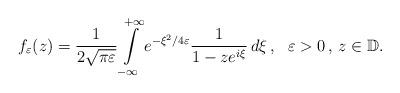
LaTeX: \begin{align*}f_\varepsilon(z)=\frac{1}{2\sqrt{\pi\varepsilon}}\int\limits_{-\infty}^{+\infty}e^{-\xi^2/4\varepsilon}\frac{1}{1-ze^{i\xi}}\,d\xi\,, \ \ \varepsilon>0\,,\,z\in\mathbb{D}.\end{align*}